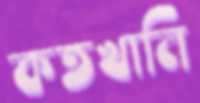
কতখানি